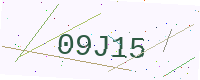
Text: 09J15